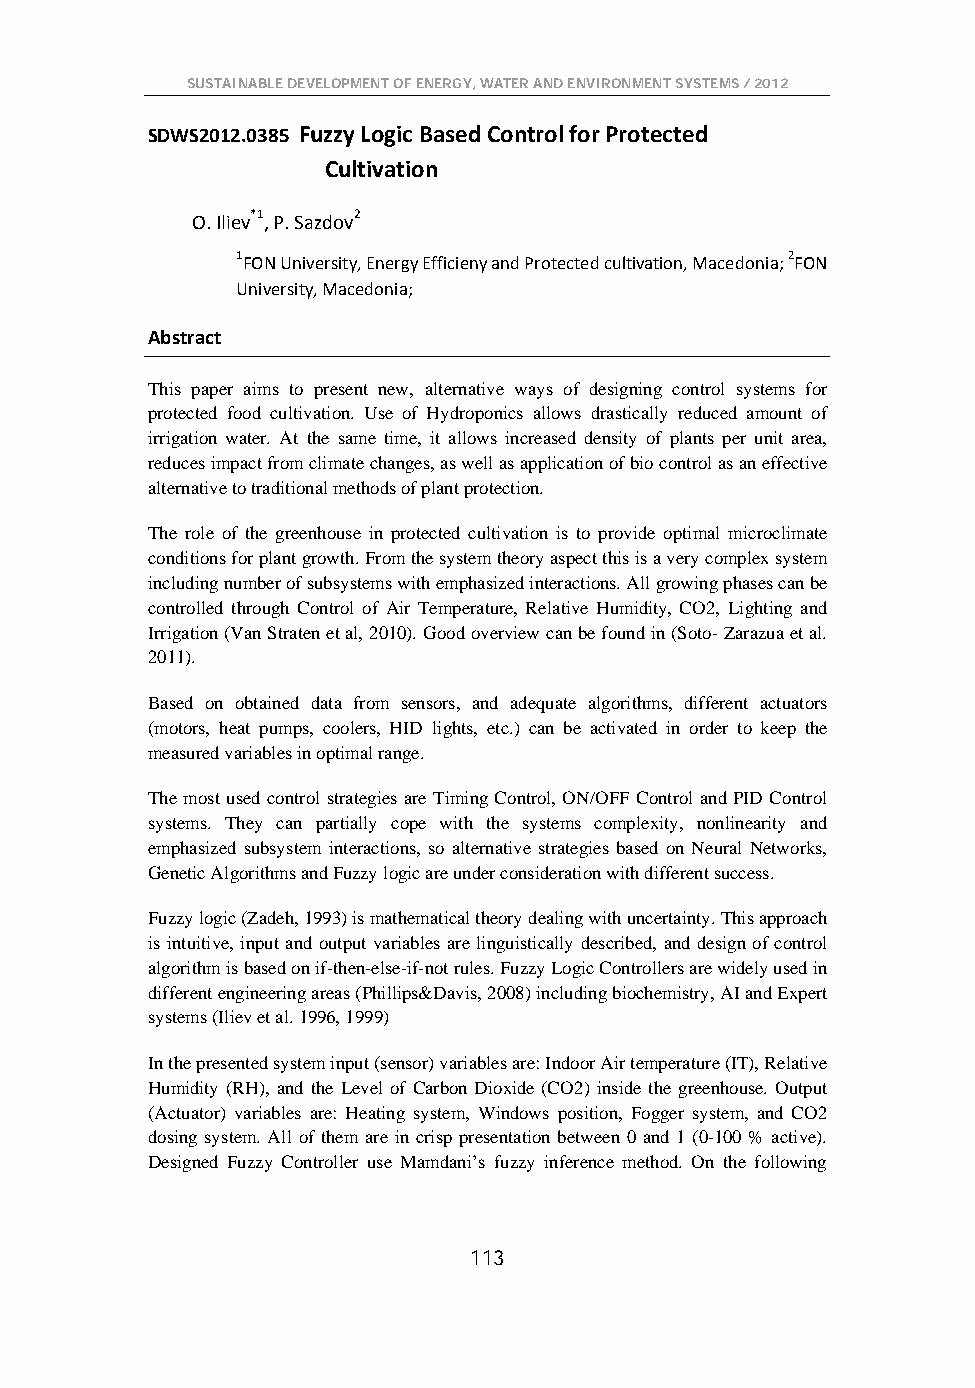
SUSTAINABLE DEVELOPMENT OF ENERGY, WATER AND ENVIRONMENT SYSTEMS / 2012
 SDWS2012.0385 Fuzzy Logic Based Control for Protected
 Cultivation
 O. Iliev*1, P. Sazdov2
 1FON University, Energy Efficieny and Protected cultivation, Macedonia; 2FON
 University, Macedonia;
 Abstract
 This paper aims to present new, alternative ways of designing control systems for
 protected food cultivation. Use of Hydroponics allows drastically reduced amount of
 irrigation water. At the same time, it allows increased density of plants per unit area,
 reduces impact from climate changes, as well as application of bio control as an effective
 alternative to traditional methods of plant protection.
 The role of the greenhouse in protected cultivation is to provide optimal microclimate
 conditions for plant growth. From the system theory aspect this is a very complex system
 including number of subsystems with emphasized interactions. All growing phases can be
 controlled through Control of Air Temperature, Relative Humidity, CO2, Lighting and
 Irrigation (Van Straten et al, 2010). Good overview can be found in (Soto- Zarazua et al.
 2011).
 Based on obtained data from sensors, and adequate algorithms, different actuators
 (motors, heat pumps, coolers, HID lights, etc.) can be activated in order to keep the
 measured variables in optimal range.
 The most used control strategies are Timing Control, ON/OFF Control and PID Control
 systems. They can partially cope with the systems complexity, nonlinearity and
 emphasized subsystem interactions, so alternative strategies based on Neural Networks,
 Genetic Algorithms and Fuzzy logic are under consideration with different success.
 Fuzzy logic (Zadeh, 1993) is mathematical theory dealing with uncertainty. This approach
 is intuitive, input and output variables are linguistically described, and design of control
 algorithm is based on if-then-else-if-not rules. Fuzzy Logic Controllers are widely used in
 different engineering areas (Phillips&Davis, 2008) including biochemistry, AI and Expert
 systems (Iliev et al. 1996, 1999)
 In the presented system input (sensor) variables are: Indoor Air temperature (IT), Relative
 Humidity (RH), and the Level of Carbon Dioxide (CO2) inside the greenhouse. Output
 (Actuator) variables are: Heating system, Windows position, Fogger system, and CO2
 dosing system. All of them are in crisp presentation between 0 and 1 (0-100 % active).
 Designed Fuzzy Controller use Mamdani’s fuzzy inference method. On the following
 113